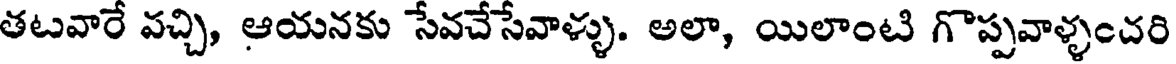
తటవారే వచ్చి, ఆయనకు సేవచేసేవాళ్ళు. అలా, యిలాంటి గొప్పవాళ్ళంచరి